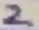
Text: 2